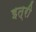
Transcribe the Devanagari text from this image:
इत्री